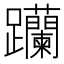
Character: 𨈆